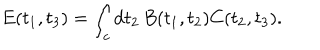
E ( t _ { 1 } , t _ { 3 } ) = \int _ { c } \mathrm { d } t _ { 2 } \, B ( t _ { 1 } , t _ { 2 } ) C ( t _ { 2 } , t _ { 3 } ) .